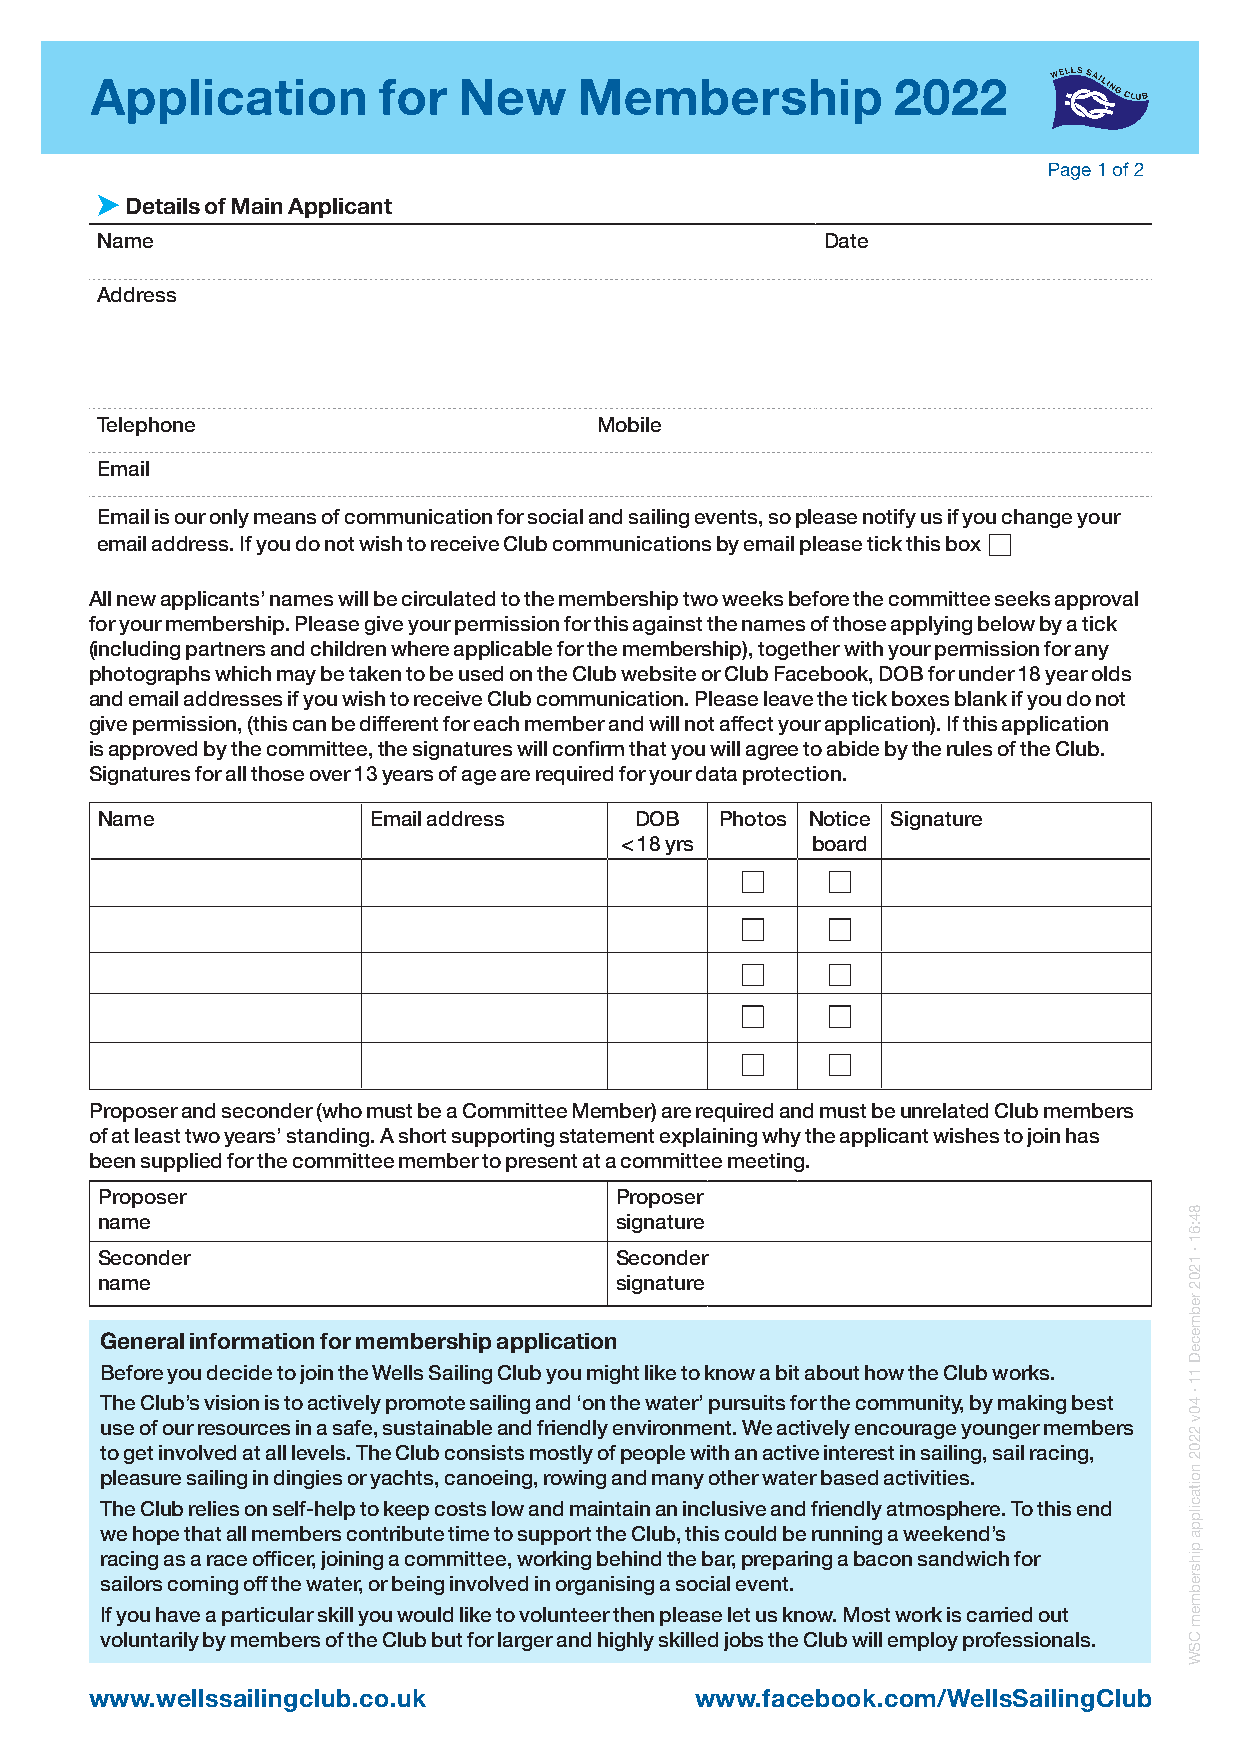
Application        for  New     Membership           2022
 Page 1 of 2
 ➤
 Details of Main Applicant
 Name                                             Date
 Address
 Telephone                        Mobile
 Email
 Email is our only means of communication for social and sailing events, so please notify us if you change your
 email address. If you do not wish to receive Club communications by email please tick this box ■■
 All new applicants’ names will be circulated to the membership two weeks before the committee seeks approval
 for your membership. Please give your permission for this against the names of those applying below by a tick
 (including partners and children where applicable for the membership), together with your permission for any
 photographs which may be taken to be used on the Club website or Club Facebook, DOB for under 18 year olds
 and email addresses if you wish to receive Club communication. Please leave the tick boxes blank if you do not
 give permission, (this can be different for each member and will not affect your application). If this application
 is approved by the committee, the signatures will confirm that you will agree to abide by the rules of the Club.
 Signatures for all those over 13 years of age are required for your data protection.
 Name              Email address     DOB   Photos Notice Signature
 < 18 yrs     board
 ■■    ■■
 ■■    ■■
 ■■    ■■
 ■■    ■■
 ■■    ■■
 Proposer and seconder (who must be a Committee Member) are required and must be unrelated Club members
 of at least two years’ standing. A short supporting statement explaining why the applicant wishes to join has
 been supplied for the committee member to present at a committee meeting.
 Proposer                           Proposer
 name                               signature
 Seconder                           Seconder
 name                               signature
 General information for membership application
 Before you decide to join the Wells Sailing Club you might like to know a bit about how the Club works.
 The Club’s vision is to actively promote sailing and ‘on the water’ pursuits for the community, by making best
 use of our resources in a safe, sustainable and friendly environment. We actively encourage younger members
 to get involved at all levels. The Club consists mostly of people with an active interest in sailing, sail racing,
 pleasure sailing in dingies or yachts, canoeing, rowing and many other water based activities.
 The Club relies on self-help to keep costs low and maintain an inclusive and friendly atmosphere. To this end
 we hope that all members contribute time to support the Club, this could be running a weekend’s
 racing as a race officer, joining a committee, working behind the bar, preparing a bacon sandwich for
 sailors coming off the water, or being involved in organising a social event.
 If you have a particular skill you would like to volunteer then please let us know. Most work is carried out
 voluntarily by members of the Club but for larger and highly skilled jobs the Club will employ professionals.
 www.wellssailingclub.co.uk              www.facebook.com/WellsSailingClub
 84:61
 · 1202
 rebmeceD
 11
 · 40v
 2202
 noitacilppa
 pihsrebmem
 CSW